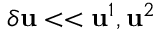
\delta \mathbf { u } < < \mathbf { u } ^ { 1 } , \mathbf { u } ^ { 2 }